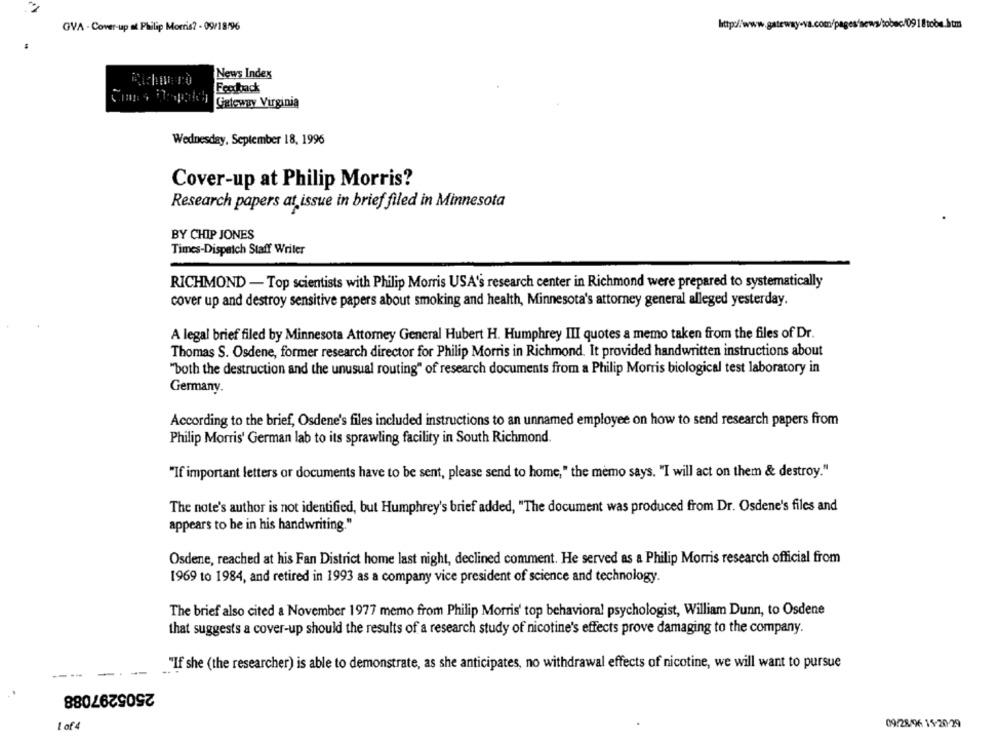
GVA - Cover-up at Philip Morris? - 09/18/96
News Index
Feedback
Gateway Virginia
Wednesday, September 18, 1996
Cover-up at Philip Morris?
Research papers at issue in brief filed in Minnesota
BY CHIP JONES
Times-Dispatch Staff Writer
RICHMOND - Top scientists with Philip Morris USA's research center in Richmond were prepared to systematically
cover up and destroy sensitive papers about smoking and health, Minnesota's attorney general alleged yesterday.
A legal brief filed by Minnesota Attorney General Hubert H. Humphrey III quotes a memo taken from the files of Dr.
Thomas S. Osdene, former research director for Philip Morris in Richmond. It provided handwritten instructions about
"both the destruction and the unusual routing" of research documents from a Philip Morris biological test laboratory in
Germany.
According to the brief, Osdene's files included instructions to an unnamed employee on how to send research papers from
Philip Morris' German lab to its sprawling facility in South Richmond.
"If important letters or documents have to be sent, please send to home," the memo says. "I will act on them & destroy."
The note's author is not identified, but Humphrey's brief added, "The document was produced from Dr. Osdene's files and
appears to be in his handwriting."
Osdene, reached at his Fan District home last night, declined comment. He served as a Philip Morris research official from
1969 to 1984, and retired in 1993 as a company vice president of science and technology.
The brief also cited a November 1977 memo from Philip Morris' top behavioral psychologist, William Dunn, to Osdene
that suggests a cover-up should the results of a research study of nicotine's effects prove damaging to the company.
"If she (the researcher) is able to demonstrate, as she anticipates, no withdrawal effects of nicotine, we will want to pursue
----
-
2505297088
1 of 4
09/28/96 15-20:29